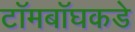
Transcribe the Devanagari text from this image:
टॉमबॉघकडे